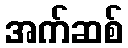
အက်ဆစ်